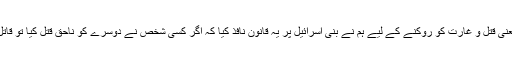
دوسرا مطلب یہ ہے کہ اسی وجہ سے یعنی قتل و غارت کو روکنے کے لیے ہم نے بنی اسرائیل پر یہ قانون نافذ کیا کہ اگر کسی شخص نے دوسرے کو ناحق قتل کیا تو قاتل کو اس کے بدلے میں قتل کردیا جائے۔